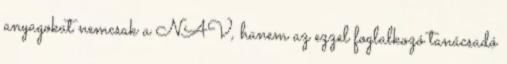
anyagokat nemcsak a NAV, hanem az ezzel foglalkozó tanácsadó